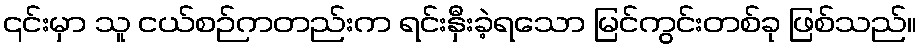
၎င်းမှာ သူ ငယ်စဉ်ကတည်းက ရင်းနှီးခဲ့ရသော မြင်ကွင်းတစ်ခု ဖြစ်သည်။